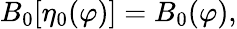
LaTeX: B_{0}[\eta_{0}(\varphi)]=B_{0}(\varphi),